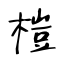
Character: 榿